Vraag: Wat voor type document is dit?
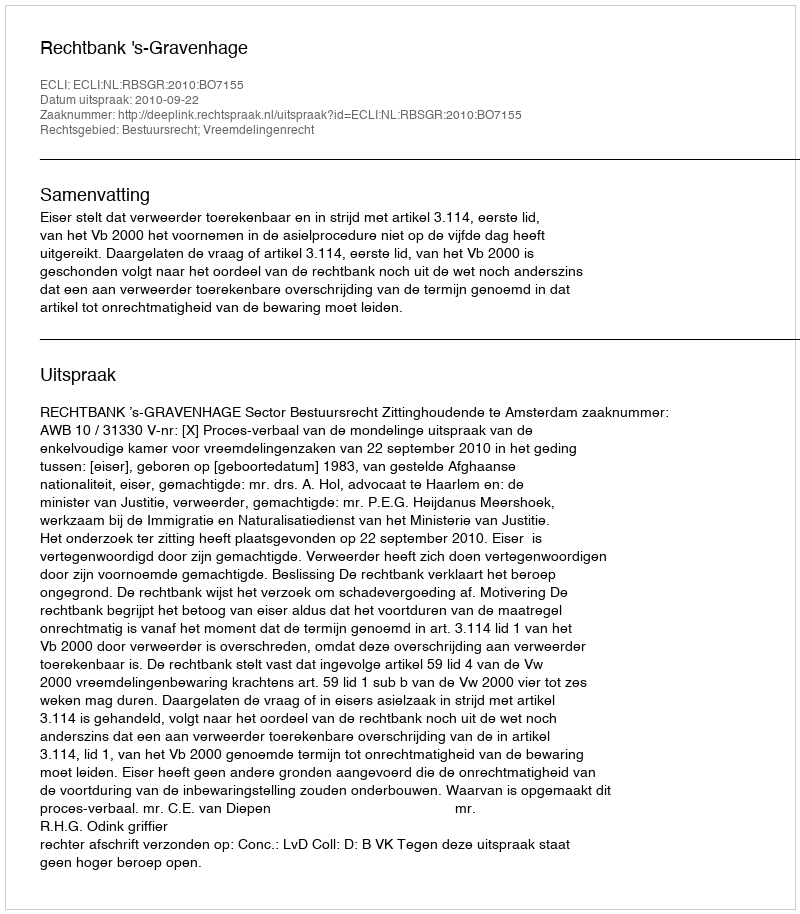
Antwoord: Uitspraak